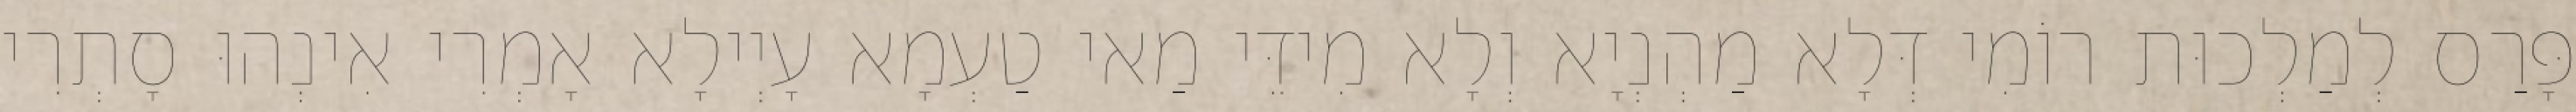
פָּרַס לְמַלְכוּת רוֹמִי דְּלָא מַהְנְיָא וְלָא מִידֵּי מַאי טַעְמָא עָיְילָא אָמְרִי אִינְהוּ סָתְרִי